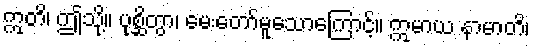
ဣတိ၊ ဤသို့။ ပုစ္ဆိတွာ၊ မေးတော်မူသောကြောင့်။ ဣမာယ နာမာတိ၊